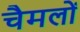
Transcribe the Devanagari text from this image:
चैमलों